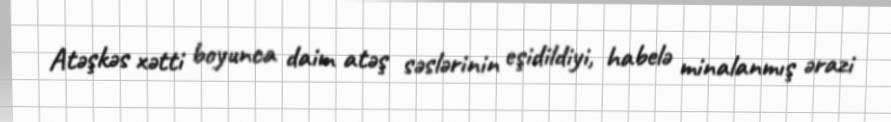
Atəşkəs xətti boyunca daim atəş səslərinin eşidildiyi, habelə minalanmış ərazi